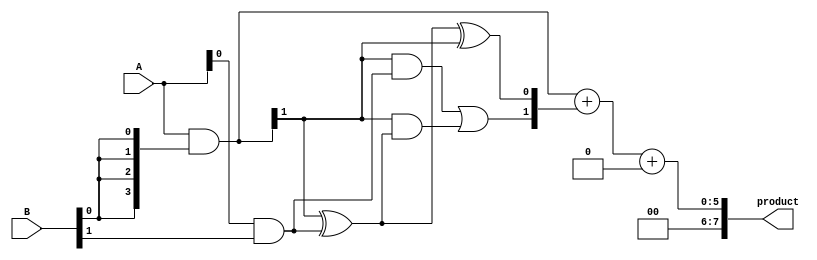
module WallaceTreeMultiplier #(parameter A_WIDTH = 4, B_WIDTH = 4) (
    input [A_WIDTH-1:0] A,
    input [B_WIDTH-1:0] B,
    output reg [A_WIDTH + B_WIDTH - 1 : 0] product
);

// Partial Product Generation
wire [A_WIDTH - 1:0] pp[B_WIDTH - 1:0];

genvar i;
generate
    for (i = 0; i < B_WIDTH; i = i + 1) begin : PPG
        assign pp[i] = A & { {A_WIDTH{B[i]}} };
    end
endgenerate

// Wallace Tree Reduction
wire [A_WIDTH + B_WIDTH - 1 : 0] sum[0:A_WIDTH + B_WIDTH - 1];
wire [A_WIDTH + B_WIDTH - 1 : 0] carry[0:A_WIDTH + B_WIDTH - 1];

// A helper function to perform half adder
function [1:0] half_adder(input a, input b);
    half_adder = {a & b, a ^ b};
endfunction

// A helper function to perform full adder
function [2:0] full_adder(input a, input b, input c);
    full_adder = {(a & b) | (c & (a ^ b)), a ^ b ^ c};
endfunction

// Stages of Wallace Reduction
integer stage, j;
always @(*) begin
    // Initialize sums and carries
    for (j = 0; j < (A_WIDTH + B_WIDTH); j = j + 1) begin
        sum[j] = 0;
        carry[j] = 0;
    end

    // Stage 1: Sum three partial products at a time
    for (stage = 0; stage < B_WIDTH; stage = stage + 1) begin
        if (stage % 3 == 0) begin
            {carry[stage], sum[stage]} = pp[stage];
        end else if (stage % 3 == 1) begin
            {carry[stage], sum[stage]} = full_adder(sum[stage - 1][1], pp[stage][0], pp[stage - 1][1]);
        end else if (stage % 3 == 2) begin
            {carry[stage], sum[stage]} = full_adder(sum[stage - 1][1], pp[stage][0], pp[stage - 1][2]);
        end
    end

    // Final summation of remaining carries and sums
    product = sum[0] + sum[1] + carry[0];
end

endmodule